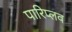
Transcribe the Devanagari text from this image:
पारिप्लव